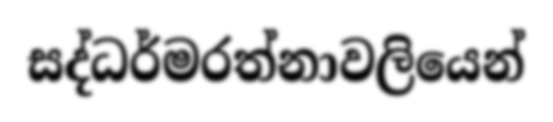
සද්ධර්මරත්නාවලියෙන්